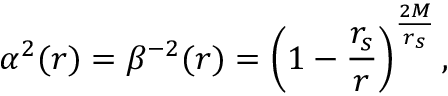
\alpha ^ { 2 } ( r ) = \beta ^ { - 2 } ( r ) = \left( 1 - { \frac { r _ { s } } { r } } \right) ^ { \frac { 2 M } { r _ { s } } } ,